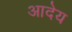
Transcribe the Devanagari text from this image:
आदेय